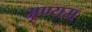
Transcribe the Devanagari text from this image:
मृण्यम